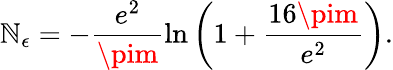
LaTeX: \mathbb{N}_{\epsilon}=-\frac{{e^{2}}}{{\pim}}\ln\left(1+\frac{{16\pim}}{{e^{2}}}\right).